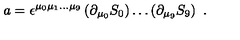
a = \epsilon ^ { \mu _ { 0 } \mu _ { 1 } \dots \mu _ { 9 } } \left( \partial _ { \mu _ { 0 } } S _ { 0 } \right) \dots \left( \partial _ { \mu _ { 9 } } S _ { 9 } \right) \ .